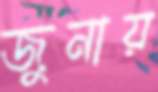
জুনায়